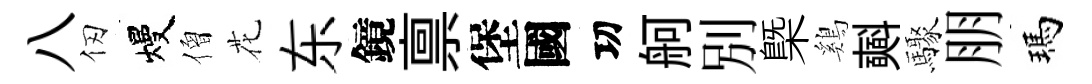
八仞熳僧花东鏡禀堡國㓛舸別㮣鷄𣂏驟朋瑪